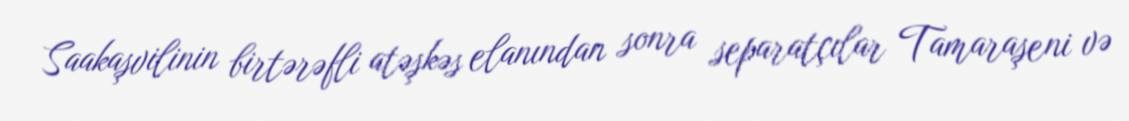
Saakaşvilinin birtərəfli atəşkəs elanından sonra separatçılar Tamaraşeni və